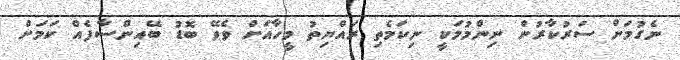
ނެގުމަށް ސަރުކާރުން ނިންމުމަކީ ނިކަމެތި ރައްޔިތު މީހާއަށް ވެވޭ ބޮޑު ބޭއިންސާފެއް ކަމަށް